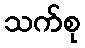
သက်စု